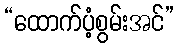
“ထောက်ပံ့စွမ်းအင်”